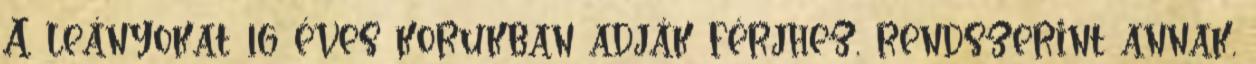
A leányokat 16 éves korukban adják férjhez, rendszerint annak,